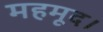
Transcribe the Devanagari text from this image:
महमूद।